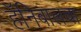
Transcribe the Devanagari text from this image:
हॅनिबालचा